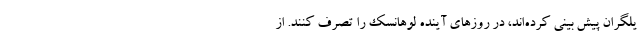
یلگران پیش بینی کرده‌اند، در روزهای آینده لوهانسک را تصرف کنند. از